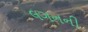
લગનની